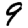
Digit: 9